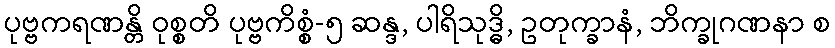
ပုဗ္ဗကရဏန္တိ ဝုစ္စတိ ပုဗ္ဗကိစ္စံ-၅ ဆန္ဒ, ပါရိသုဒ္ဓိ, ဥတုက္ခာနံ, ဘိက္ခုဂဏနာ စ